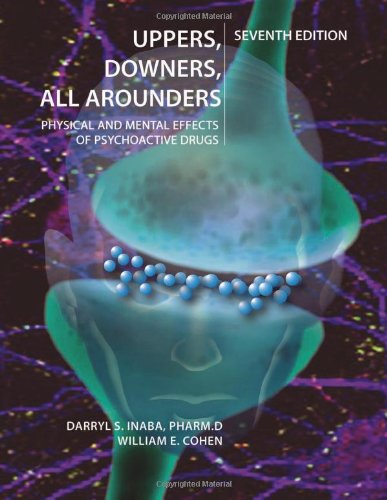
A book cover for Uppers, Downers, All Arounders: Physical and Mental Effects of Psychoactive Drugs, 7th Edition; Darryl S. Inaba; Medical Books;